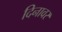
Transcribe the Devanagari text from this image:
दिनावर